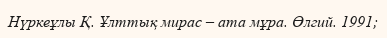
Нүркеұлы Қ. Ұлттық мирас – ата мұра. Өлгий. 1991;